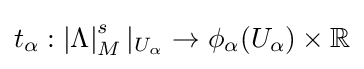
t_{\alpha }:\left|\Lambda \right|_{M}^{s}|_{U_{\alpha }}\to \phi _{\alpha }(U_{\alpha })\times \mathbb {R}